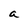
Character: a